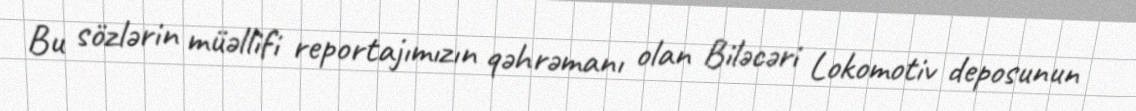
Bu sözlərin müəllifi reportajımızın qəhrəmanı olan Biləcəri Lokomotiv deposunun